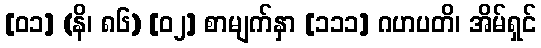
[၀၁] (နိ၊ ၈၆) [၀၂] စာမျက်နှာ [၁၁၁] ဂဟပတိ၊ အိမ်ရှင်